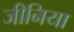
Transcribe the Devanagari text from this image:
जीनिया